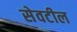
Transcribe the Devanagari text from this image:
सेवटील